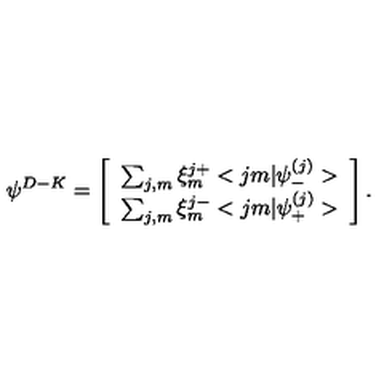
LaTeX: { \psi } ^ { D - K } = \left[ \begin{array} { c } { \sum _ { j , m } \xi _ { m } ^ { j + } < j m | { \psi } _ { - } ^ { ( j ) } > } \\ { \sum _ { j , m } \xi _ { m } ^ { j - } < j m | { \psi } _ { + } ^ { ( j ) } > } \\ \end{array} \right] .